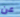
عن